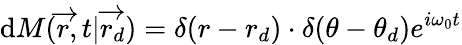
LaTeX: \textrm{d}M(\overrightarrow{r},t|\overrightarrow{r_{d}})=\delta(r-r_{d})\cdot\delta(\theta-\theta_{d})e^{i\omega_{0}t}